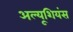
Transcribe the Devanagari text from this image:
अल्यूशियंस